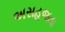
અસહજતા